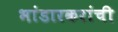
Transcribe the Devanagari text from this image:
भांडारकरांची